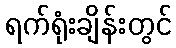
ရက်ရုံးချိန်းတွင်